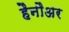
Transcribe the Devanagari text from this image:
हैनौअर